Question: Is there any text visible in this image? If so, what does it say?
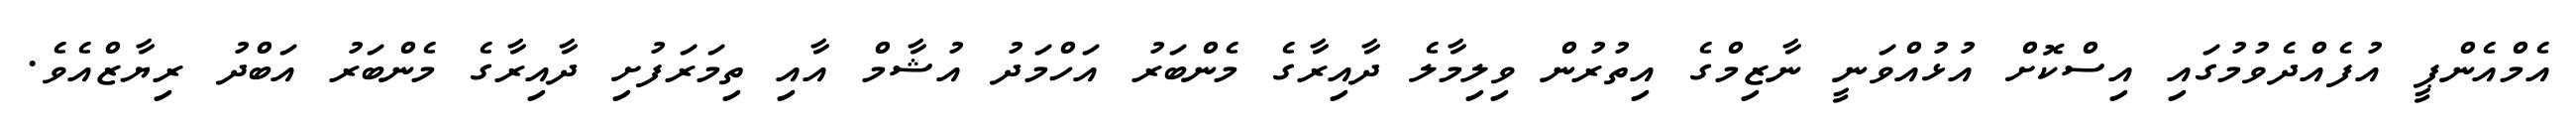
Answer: އެމްއެންޕީ އުފެއްދެވުމުގައި އިސްކޮށް އުޅުއްވަނީ ނާޒިމްގެ އިތުރުން ވިލިމާލެ ދާއިރާގެ މެންބަރު އަހްމަދު އުޝާމް އާއި ތިމަރަފުށި ދާއިރާގެ މެންބަރު އަބްދު ރިޔާޒްއެވެ.